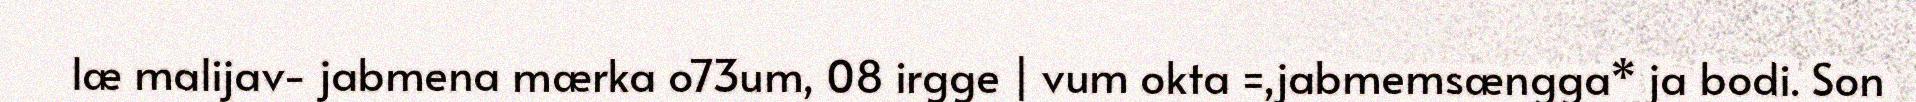
læ malijav- jabmena mærka o73um, 08 irgge | vum okta =,jabmemsængga* ja bodi. Son